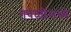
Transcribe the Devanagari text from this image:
गवळींमध्ये